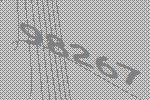
98267